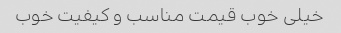
خیلی خوب قیمت مناسب و کیفیت خوب